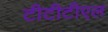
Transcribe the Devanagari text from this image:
टीटीटीएल